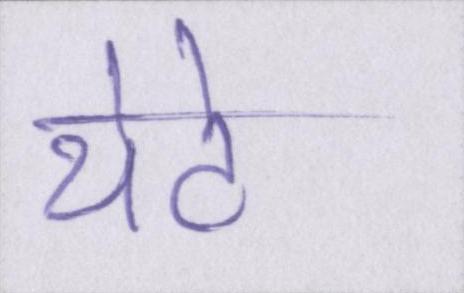
थेटे